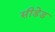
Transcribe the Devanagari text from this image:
सीडेड